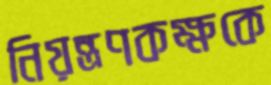
নিয়ন্ত্রণকক্ষকে